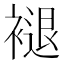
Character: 褪